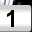
Digit: 1